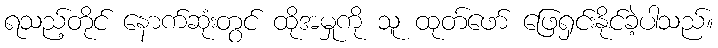
ရသည့်တိုင် နောက်ဆုံးတွင် ထိုအမှုကို သူ ထုတ်ဖော် ဖြေရှင်းနိုင်ခဲ့ပါသည်။